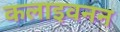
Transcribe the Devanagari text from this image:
कलाइवनन